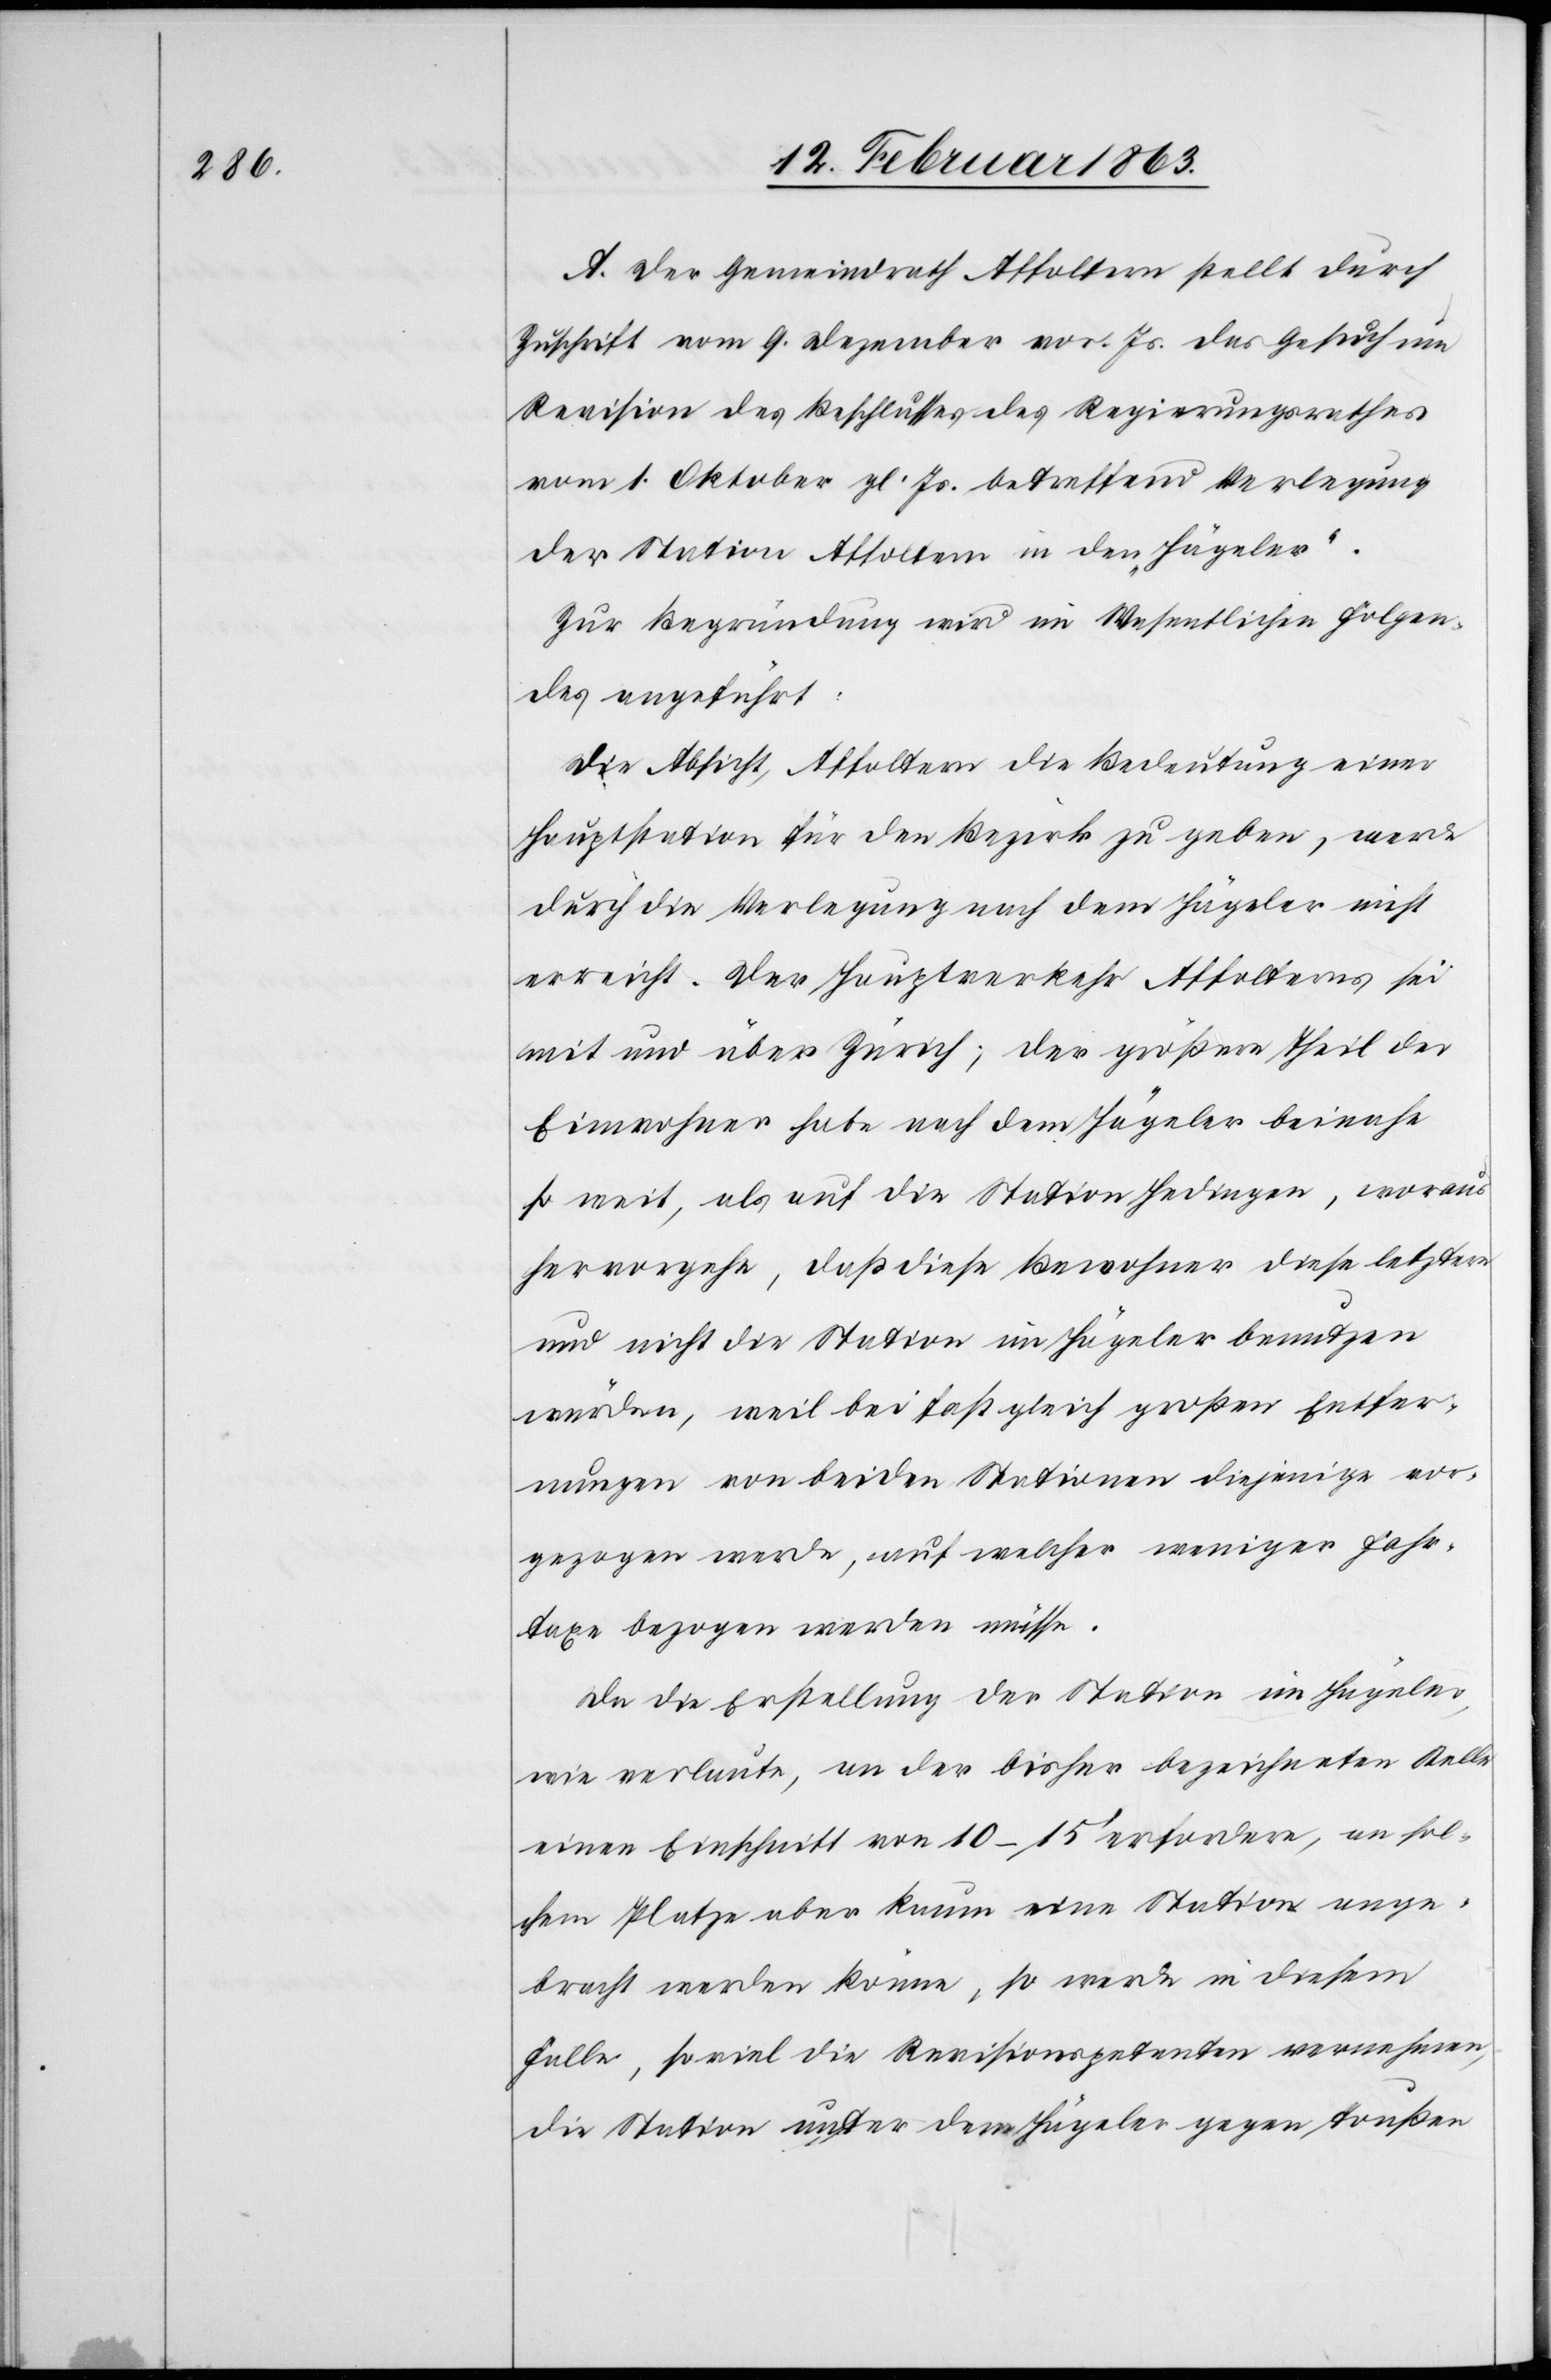
A. Der Gemeindrath Affoltern stellt durch
Zuschrift vom 9. Dezember vor. Js. das Gesuch um
Revision des Beschlusses des Regierungsrathes
vom 1. Oktober gl. Js. betreffend Verlegung
der Station Affoltern in den „Hägeler“.
Zur Begründung wird im Wesentlichen Folgen¬
des angeführt:
Die Absicht, Affoltern die Bedeutung einer
Hauptstation für den Bezirk zu geben, werde
durch die Verlegung nach dem Hägeler nicht
erreicht. Der Hauptverkehr Affolterns sei
mit und über Zürich; der größere Theil der
Einwohner habe nach dem Hägeler beinahe
so weit, als auf die Station Hedingen, woraus
hervorgehe, daß diese Bewohner diese letztere
und nicht die Station im Hägeler benutzen
würden, weil bei fast gleich großen Entfer¬
nungen von beiden Stationen diejenige vor¬
gezogen werde, auf welcher weniger Fahr¬
taxe bezogen werden müsse.
Da die Erstellung der Station im Hägeler,
wie verlaute, an der bisher bezeichneten Stelle
einen Einschnitt von 10–15' erfordere, an sol¬
chem Platze aber kaum eine Station ange¬
bracht werden könne, so werde in diesem
Falle, so viel die Revisionspetenten vernehmen,
die Station unter dem Hägeler gegen Toußen